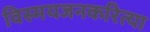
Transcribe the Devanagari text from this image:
विस्मयजनकरित्या